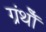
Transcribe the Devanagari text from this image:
ग्रंथोँ